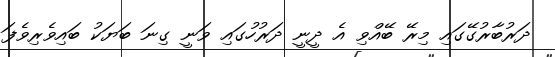
ދަރުބާރުގޭގައި މިރޭ ބޭއްވި އެ ދީނީ ދަރުހުގައި ވަނީ ގިނަ ބަޔަކު ބައިވެރިވެފަ